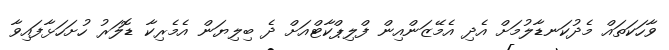
ވާހަކަތައް މެދުކަނޑާލުމަށް އެދި އެމޭޒަންއިން ފްލިޕްކާޓްއަށް ދެ ބިލިޔަން އެމެރިކާ ޑޮލަރު ހުށަހަޅާފައިވާ